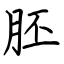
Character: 胚